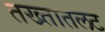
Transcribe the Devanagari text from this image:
तख्तातलट